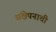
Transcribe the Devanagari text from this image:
संक्षेपनाची